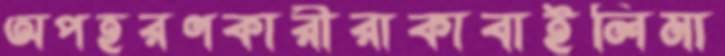
অপহরণকারীরাকাবাইলিমা